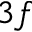
3 f